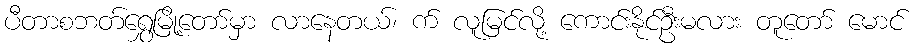
ပီတာစဘတ်ရွှေမြို့တော်မှာ လာနေတယ်၊ က် လူမြင်လို့ ကောင်းနိုင်ဦးမလား တူတော် မောင်